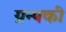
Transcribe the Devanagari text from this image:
ग्रन्थकी